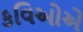
કવિઓએ